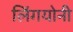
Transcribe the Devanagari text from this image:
लिंगयोनी